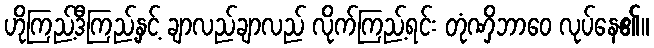
ဟိုကြည့်ဒီကြည့်နှင့် ချာလည်ချာလည် လိုက်ကြည့်ရင်း တုံဏှိဘာဝေ လုပ်နေ၏။